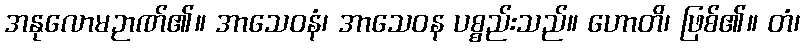
အနုလောမဉာဏ်၏။ အာသေဝနံ၊ အာသေဝန ပစ္စည်းသည်။ ဟောတိ၊ ဖြစ်၏။ တံ၊